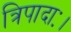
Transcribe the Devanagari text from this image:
त्रिपादाः।